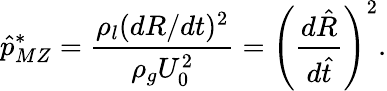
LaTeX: \hat{p}_{MZ}^{*}=\frac{\rho_{l}(dR/dt)^{2}}{\rho_{g}U_{0}^{2}}=\left(\frac{d\hat{R}}{d\hat{t}}\right)^{2}.